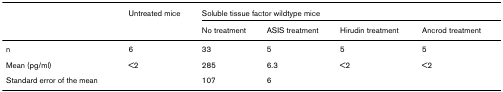
<table><thead><tr><td></td><td><b>Untreated mice</b></td><td colspan="4"><b>Soluble tissue factor wildtype mice</b></td></tr><tr><td></td><td></td><td><b>No treatment</b></td><td><b>ASIS treatment</b></td><td><b>Hirudin treatment</b></td><td><b>Ancrod treatment</b></td></tr></thead><tbody><tr><td>n</td><td>6</td><td>33</td><td>5</td><td>5</td><td>5</td></tr><tr><td>Mean (pg/ml)</td><td>&lt;2</td><td>285</td><td>6.3</td><td>&lt;2</td><td>&lt;2</td></tr><tr><td>Standard error of the mean</td><td></td><td>107</td><td>6</td><td></td><td></td></tr></tbody></table>